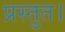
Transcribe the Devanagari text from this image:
प्रस्तुत।